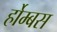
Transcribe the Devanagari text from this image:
र्होम्बस